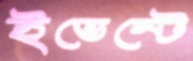
ইভেন্টে